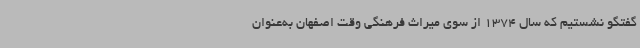
گفتگو نشستیم که سال 1374 از سوی میراث فرهنگی وقت اصفهان به‌عنوان